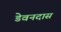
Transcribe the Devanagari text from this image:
डेवनदास